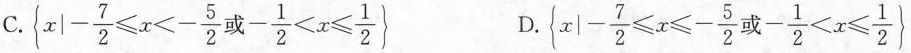
C. $$\left\{x|- \frac{7}{2}\leqslant x<- \frac{5}{2}或- \frac{1}{2}<x \leqslant \frac{1}{2}\right\}$$ D.$$|x|- \frac{7}{2}\leqslant x \leqslant - \frac{5}{2}或- \frac{1}{2}<x \leqslant \frac{1}{2}$$